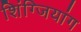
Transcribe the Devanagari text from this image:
शिंग्जियांग